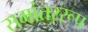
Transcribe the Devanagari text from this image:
समांतररूप